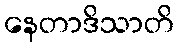
နေတာဒိသာတိ